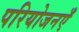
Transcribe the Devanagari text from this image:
परियोजनएँ